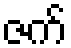
ဇက်